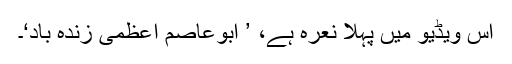
اس ویڈیو میں پہلا نعرہ ہے، ’ ابوعاصم اعظمی زندہ باد‘۔